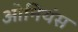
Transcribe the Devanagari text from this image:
ओनियंस